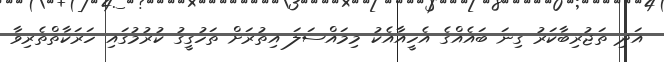
އަދި ތަޖުރިބާކަރު ގިނަ ބައެއްގެ އެހީއާއެކު މިމައްސަލަ އިތުރަށް ތަހުގީގު ކުރުމުގައި ހަރަކާތްތެރިވާ